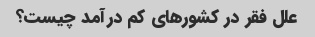
علل فقر در کشورهای کم درآمد چیست؟